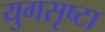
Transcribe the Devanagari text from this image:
युगसृष्टा